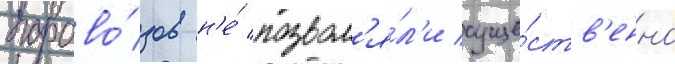
парово́зов н'е́ позвол'я́л'и суще́ств'енно